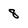
Character: 8